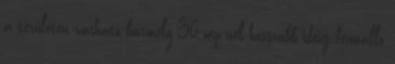
a területen várható bármely 30 mp-nél hosszabb ideig fennálló